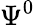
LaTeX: \Psi^{0}